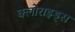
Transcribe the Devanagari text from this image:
क्लोराइड्स